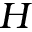
H